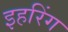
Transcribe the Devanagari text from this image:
इहरिंग